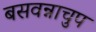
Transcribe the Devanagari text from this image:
बसवन्नाचुप